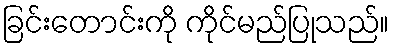
ခြင်းတောင်းကို ကိုင်မည်ပြုသည်။